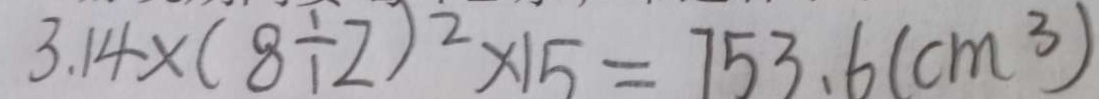
3 . 1 4 \times ( 8 \div 2 ) ^ { 2 } \times 1 5 = 7 5 3 . 6 ( c m ^ { 3 } )